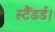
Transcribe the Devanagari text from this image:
स्टैंडर्ड।